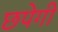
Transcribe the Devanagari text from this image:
छपेगी